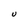
Character: U